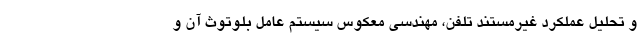
و تحلیل عملکرد غیرمستند تلفن، مهندسی معکوس سیستم عامل بلوتوث آن و